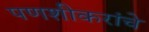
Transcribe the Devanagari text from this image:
पणशीकरांचे